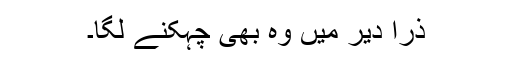
ذرا دیر میں وہ بھی چہکنے لگا۔